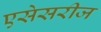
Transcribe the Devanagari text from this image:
एसेसरीज